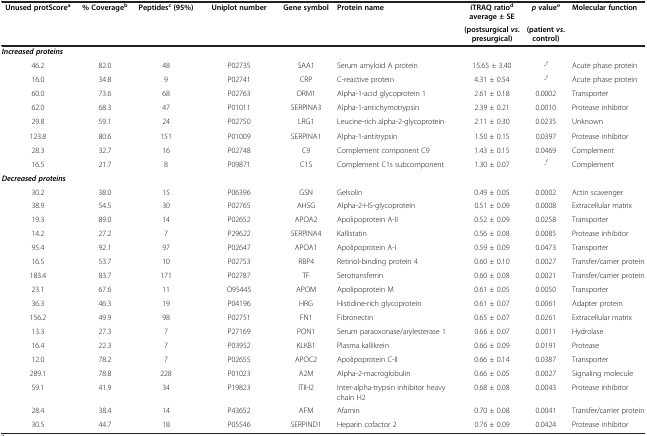
<table><thead><tr><td><b>Unused protScore<sup>a</sup></b></td><td><b>% Coverage<sup>b</sup></b></td><td><b>Peptides<sup>c </sup>(95%)</b></td><td><b>Uniplot number</b></td><td><b>Gene symbol</b></td><td><b>Protein name</b></td><td><b>iTRAQ ratio<sup>d </sup>average ± SE</b></td><td><b><i>p </i>value<sup>e</sup></b></td><td><b>Molecular function</b></td></tr><tr><td colspan="6"><b> </b></td><td><b>(postsurgical <i>vs</i>.presurgical)</b></td><td><b>(patient <i>vs</i>. control)</b></td><td><b> </b></td></tr></thead><tbody><tr><td colspan="9"><b><i>Increased proteins</i></b></td></tr><tr><td>46.2</td><td>82.0</td><td>48</td><td>P02735</td><td>SAA1</td><td>Serum amyloid A protein</td><td>15.65 ± 3.40</td><td>-<sup>f</sup></td><td>Acute phase protein</td></tr><tr><td>16.0</td><td>34.8</td><td>9</td><td>P02741</td><td>CRP</td><td>C-reactive protein</td><td>4.31 ± 0.54</td><td>-<sup>f</sup></td><td>Acute phase protein</td></tr><tr><td>60.0</td><td>73.6</td><td>68</td><td>P02763</td><td>ORM1</td><td>Alpha-1-acid glycoprotein 1</td><td>2.61 ± 0.18</td><td>0.0002</td><td>Transporter</td></tr><tr><td>62.0</td><td>68.3</td><td>47</td><td>P01011</td><td>SERPINA3</td><td>Alpha-1-antichymotrypsin</td><td>2.39 ± 0.21</td><td>0.0010</td><td>Protease inhibitor</td></tr><tr><td>29.8</td><td>59.1</td><td>24</td><td>P02750</td><td>LRG1</td><td>Leucine-rich alpha-2-glycoprotein</td><td>2.11 ± 0.30</td><td>0.0235</td><td>Unknown</td></tr><tr><td>123.8</td><td>80.6</td><td>151</td><td>P01009</td><td>SERPINA1</td><td>Alpha-1-antitrypsin</td><td>1.50 ± 0.15</td><td>0.0397</td><td>Protease inhibitor</td></tr><tr><td>28.3</td><td>32.7</td><td>16</td><td>P02748</td><td>C9</td><td>Complement component C9</td><td>1.43 ± 0.15</td><td>0.0469</td><td>Complement</td></tr><tr><td>16.5</td><td>21.7</td><td>8</td><td>P09871</td><td>C1S</td><td>Complement C1s subcomponent</td><td>1.30 ± 0.07</td><td>-<sup>f</sup></td><td>Complement</td></tr><tr><td colspan="9"><b><i>Decreased proteins</i></b></td></tr><tr><td>30.2</td><td>38.0</td><td>15</td><td>P06396</td><td>GSN</td><td>Gelsolin</td><td>0.49 ± 0.05</td><td>0.0002</td><td>Actin scavenger</td></tr><tr><td>38.9</td><td>54.5</td><td>30</td><td>P02765</td><td>AHSG</td><td>Alpha-2-HS-glycoprotein</td><td>0.51 ± 0.09</td><td>0.0008</td><td>Extracellular matrix</td></tr><tr><td>19.3</td><td>89.0</td><td>14</td><td>P02652</td><td>APOA2</td><td>Apolipoprotein A-II</td><td>0.52 ± 0.09</td><td>0.0258</td><td>Transporter</td></tr><tr><td>14.2</td><td>27.2</td><td>7</td><td>P29622</td><td>SERPINA4</td><td>Kallistatin</td><td>0.56 ± 0.08</td><td>0.0085</td><td>Protease inhibitor</td></tr><tr><td>95.4</td><td>92.1</td><td>97</td><td>P02647</td><td>APOA1</td><td>Apolipoprotein A-I</td><td>0.59 ± 0.09</td><td>0.0473</td><td>Transporter</td></tr><tr><td>16.5</td><td>53.7</td><td>10</td><td>P02753</td><td>RBP4</td><td>Retinol-binding protein 4</td><td>0.60 ± 0.10</td><td>0.0027</td><td>Transfer/carrier protein</td></tr><tr><td>183.4</td><td>83.7</td><td>171</td><td>P02787</td><td>TF</td><td>Serotransferrin</td><td>0.60 ± 0.08</td><td>0.0021</td><td>Transfer/carrier protein</td></tr><tr><td>23.1</td><td>67.6</td><td>11</td><td>O95445</td><td>APOM</td><td>Apolipoprotein M</td><td>0.61 ± 0.05</td><td>0.0050</td><td>Transporter</td></tr><tr><td>36.3</td><td>46.3</td><td>19</td><td>P04196</td><td>HRG</td><td>Histidine-rich glycoprotein</td><td>0.61 ± 0.07</td><td>0.0061</td><td>Adapter protein</td></tr><tr><td>156.2</td><td>49.9</td><td>98</td><td>P02751</td><td>FN1</td><td>Fibronectin</td><td>0.65 ± 0.07</td><td>0.0261</td><td>Extracellular matrix</td></tr><tr><td>13.3</td><td>27.3</td><td>7</td><td>P27169</td><td>PON1</td><td>Serum paraoxonase/arylesterase 1</td><td>0.66 ± 0.07</td><td>0.0011</td><td>Hydrolase</td></tr><tr><td>16.4</td><td>22.3</td><td>7</td><td>P03952</td><td>KLKB1</td><td>Plasma kallikrein</td><td>0.66 ± 0.09</td><td>0.0191</td><td>Protease</td></tr><tr><td>12.0</td><td>78.2</td><td>7</td><td>P02655</td><td>APOC2</td><td>Apolipoprotein C-II</td><td>0.66 ± 0.14</td><td>0.0387</td><td>Transporter</td></tr><tr><td>289.1</td><td>78.8</td><td>228</td><td>P01023</td><td>A2M</td><td>Alpha-2-macroglobulin</td><td>0.66 ± 0.05</td><td>0.0027</td><td>Signaling molecule</td></tr><tr><td>59.1</td><td>41.9</td><td>34</td><td>P19823</td><td>ITIH2</td><td>Inter-alpha-trypsin inhibitor heavy chain H2</td><td>0.68 ± 0.08</td><td>0.0043</td><td>Protease inhibitor</td></tr><tr><td>28.4</td><td>38.4</td><td>14</td><td>P43652</td><td>AFM</td><td>Afamin</td><td>0.70 ± 0.08</td><td>0.0041</td><td>Transfer/carrier protein</td></tr><tr><td>30.5</td><td>44.7</td><td>18</td><td>P05546</td><td>SERPIND1</td><td>Heparin cofactor 2</td><td>0.76 ± 0.09</td><td>0.0424</td><td>Protease inhibitor</td></tr></tbody></table>